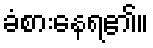
ခံစားနေရ၏။